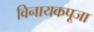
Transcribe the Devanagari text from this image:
विनायकपूजा